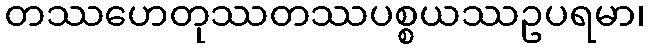
တဿဟေတုဿတဿပစ္စယဿဥပရမာ၊